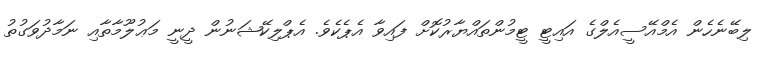
ލިބޭނެހެން އެމްއޭސީއެލްގެ އައިޓީ ޓީމުންތައްޔާރުކޮށް ފައިވާ އެޕެކެވެ. އެޕްލިކޭޝަނުން ދީނީ މަޢުލޫމާތާއި ނަމާދުވަގުތު